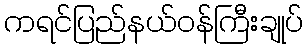
ကရင်ပြည်နယ်ဝန်ကြီးချုပ်